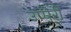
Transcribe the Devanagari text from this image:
उप्पेरी